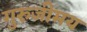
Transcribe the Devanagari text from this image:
गुरुजीमय